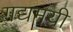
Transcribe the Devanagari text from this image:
गद्यमयी